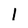
Character: l